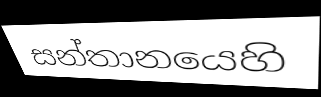
සන්තානයෙහි